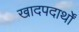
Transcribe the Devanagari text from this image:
खादपदार्थों